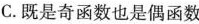
C.既是奇函数也是偶函数